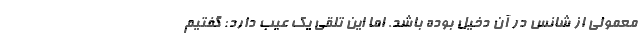
معمولی از شانس در آن دخیل بوده باشد. اما این تلقی یک عیب دارد: گفتیم